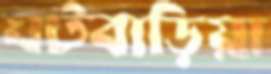
ঘটবাড়িয়া